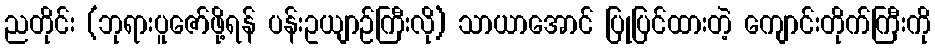
ညတိုင်း (ဘုရားပူဇော်ဖို့ရန် ပန်းဥယျာဉ်ကြီးလို) သာယာအောင် ပြုပြင်ထားတဲ့ ကျောင်းတိုက်ကြီးကို